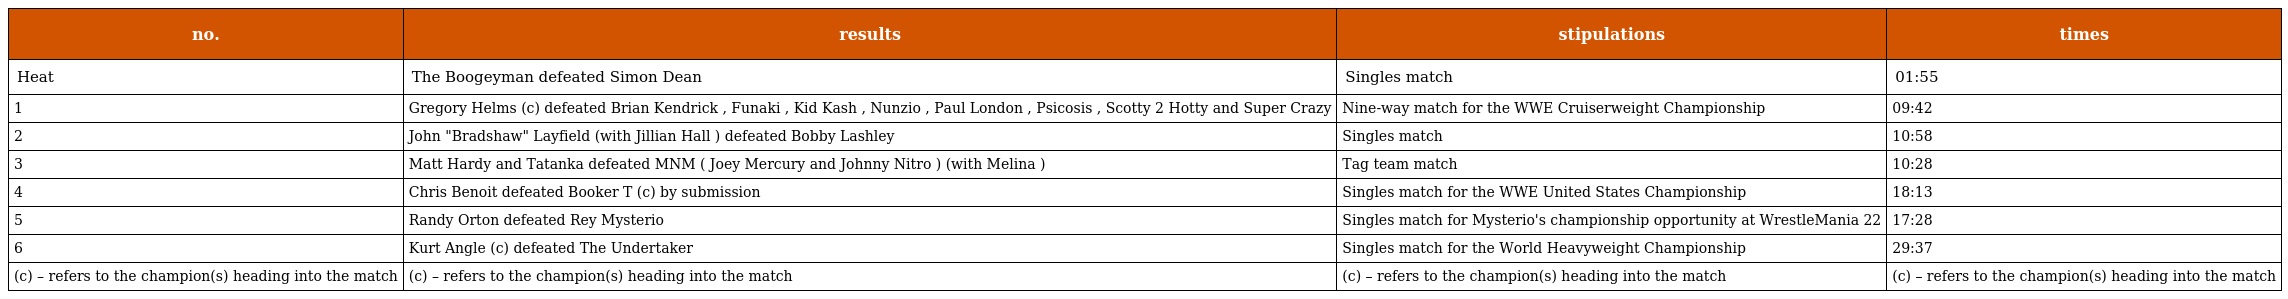
| no. | results | stipulations | times |
 | --- | --- | --- | --- |
 | Heat | The Boogeyman defeated Simon Dean | Singles match | 01:55 |
 | 1 | Gregory Helms (c) defeated Brian Kendrick , Funaki , Kid Kash , Nunzio , Paul London , Psicosis , Scotty 2 Hotty and Super Crazy | Nine-way match for the WWE Cruiserweight Championship | 09:42 |
 | 2 | John "Bradshaw" Layfield (with Jillian Hall ) defeated Bobby Lashley | Singles match | 10:58 |
 | 3 | Matt Hardy and Tatanka defeated MNM ( Joey Mercury and Johnny Nitro ) (with Melina ) | Tag team match | 10:28 |
 | 4 | Chris Benoit defeated Booker T (c) by submission | Singles match for the WWE United States Championship | 18:13 |
 | 5 | Randy Orton defeated Rey Mysterio | Singles match for Mysterio's championship opportunity at WrestleMania 22 | 17:28 |
 | 6 | Kurt Angle (c) defeated The Undertaker | Singles match for the World Heavyweight Championship | 29:37 |
 | (c) – refers to the champion(s) heading into the match | (c) – refers to the champion(s) heading into the match | (c) – refers to the champion(s) heading into the match | (c) – refers to the champion(s) heading into the match |